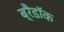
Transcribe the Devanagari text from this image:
ब्रैडॉक